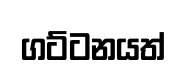
ගට්ටනයත්